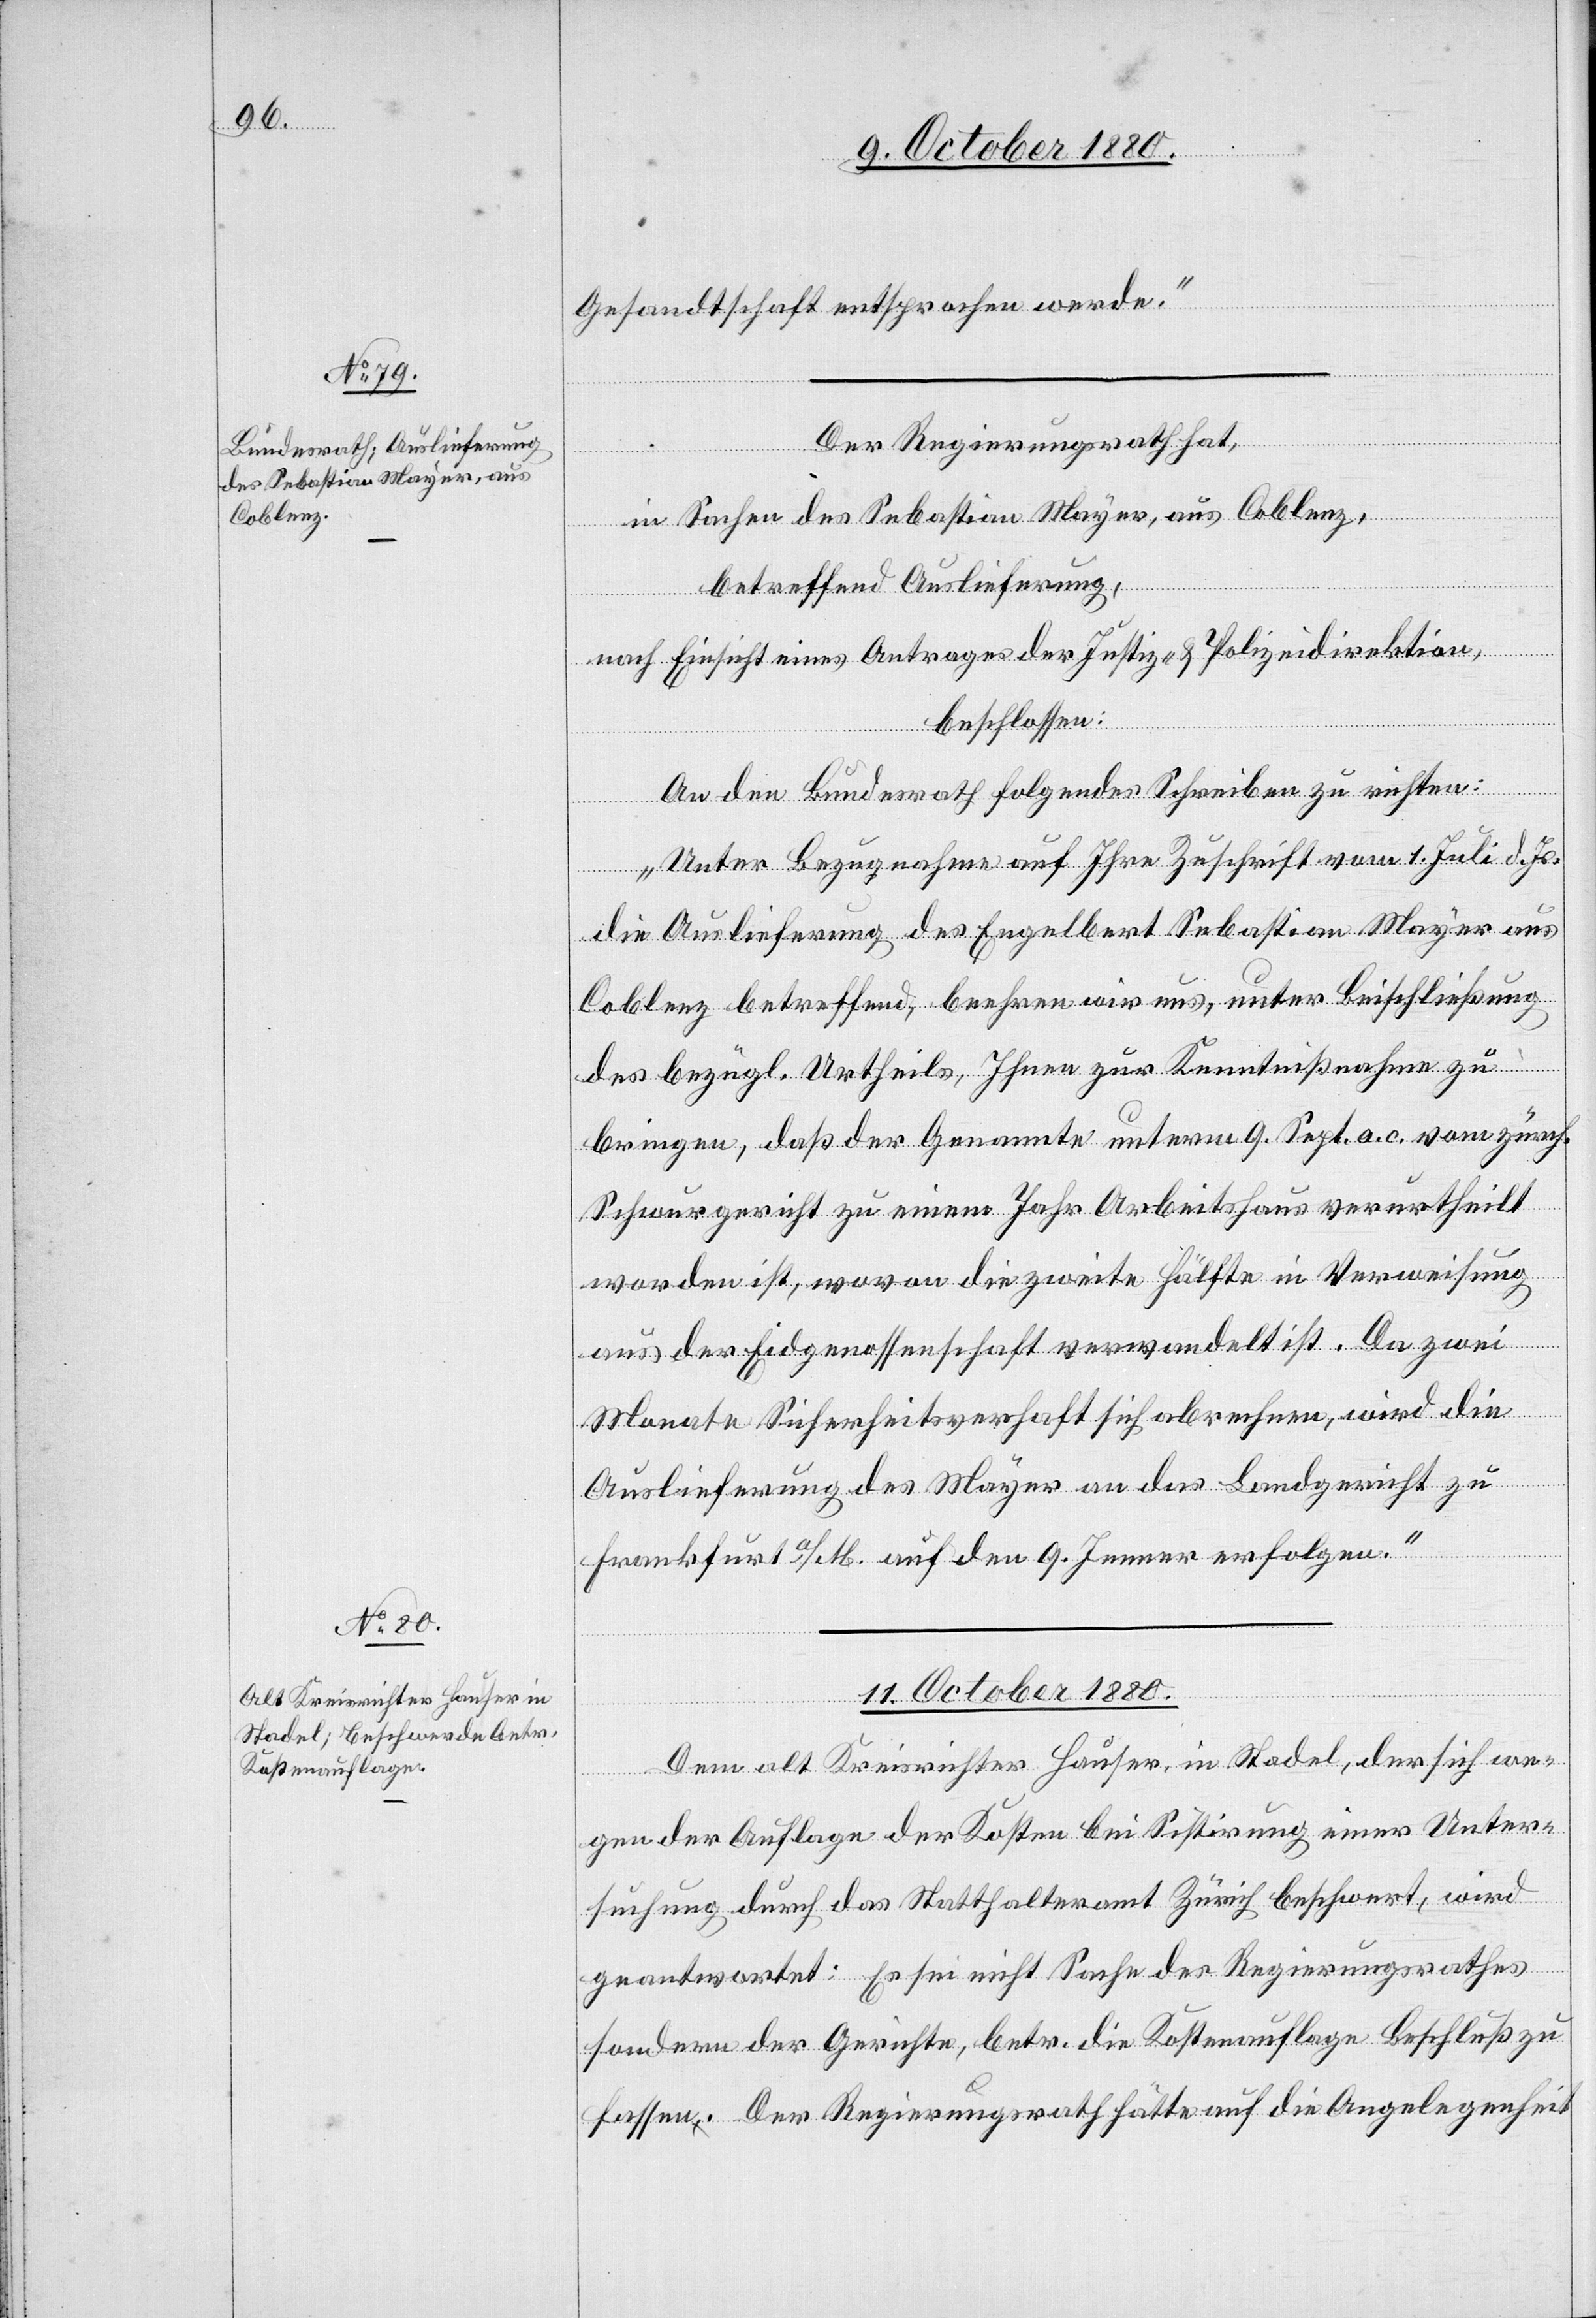
äsi¬

9. October 1880.]
Gesandtschaft entsprochen werde.“
[Präsi¬
Der Regierungsrath hat,
fügungen.]
in Sachen des Sebastian Mayer, aus Coblenz,
ung.
betreffend Auslieferung,
nach Einsicht eines Antrages der Justiz- & Polizeidirektion,
[Pr¬
beschlossen:
An den Bundesrath folgendes Schreiben zu richten:
„Unter Bezugnahme auf Ihre Zuschrift vom 1. Juli d. Js.
die Auslieferung des Engelbert Sebastian Mayer aus
Coblenz betreffend, beehren wir uns, unter Beischließung
des bezügl. Urtheils, Ihnen zur Kenntnißnahme zu
bringen, daß der Genannte unterm 9. Sept. a. c. vom zürch.
Schwurgericht zu einem Jahr Arbeitshaus verurtheilt
worden ist, wovon die zweite Hälfte in Verweisung
aus der Eidgenossenschaft verwandelt ist. Da zwei
Monate Sicherheitsverhaft sich abrechnen, wird die
Auslieferung des Mayer an das Landgericht zu
Frankfurt a/M. auf den 9. Jenner erfolgen.“
11. October 1880.
Dem alt Kreisrichter Hauser, in Stadel, der sich we¬
gen der Auflage der Kosten bei Sistirung einer Unter¬
suchung durch das Statthalteramt Zürich beschwert, wird
geantwortet: Es sei nicht Sache des Regierungsrathes
sondern der Gerichte, betr. die Kostenauflage Beschluß zu
fassen. Der Regierungsrath hätte auf die Angelegenheit